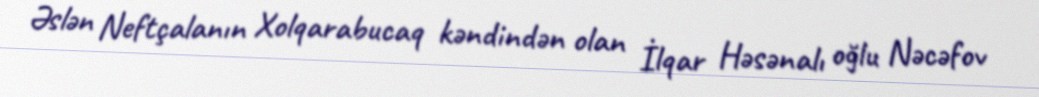
Əslən Neftçalanın Xolqarabucaq kəndindən olan İlqar Həsənalı oğlu Nəcəfov